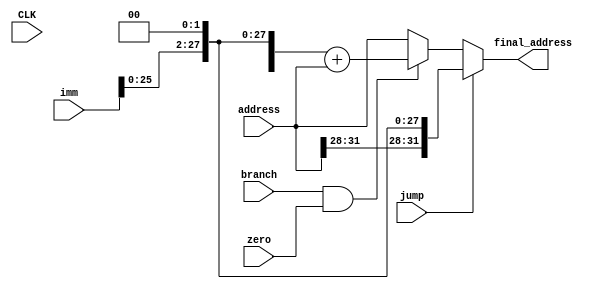
module address_mux(
    input CLK,
    input [31:0]imm,
    input jump,
    input zero,
    input branch,
    input [31:0]address,
    output reg[31:0]final_address
    );
    
    always@(*)begin
        if(jump)begin
            final_address={imm[29:0],2'b00};
            final_address={address[31:28],final_address[27:0]};
        end
        else if(branch==1&&zero==1)begin
            final_address={imm[29:0],2'b00};
            final_address=final_address+address;
        end
        else begin
            final_address=address;
        end
    end
endmodule